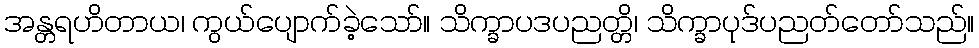
အန္တရဟိတာယ၊ ကွယ်ပျောက်ခဲ့သော်။ သိက္ခာပဒပညတ္တိ၊ သိက္ခာပုဒ်ပညတ်တော်သည်။